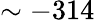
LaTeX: \sim-314